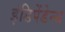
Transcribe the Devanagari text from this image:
इंडिपेंडेन्स